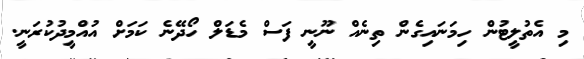
މި އެތުލީޓުން ހިމަނައިގެން ތިނެއް ނޫނީ ފަސް މެޑަލް ހޯދޭނެ ކަމަށް އުއްމީދުކުރަނީ.